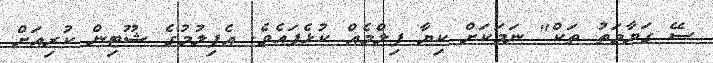
ސޭ ގަޔާމަތު ތަކް" ނަމަކަށް ކިޔާ ފިލްމެއް ކުޅެފައެވެ. އެފިލުމުގެ ޝޫޓިން ކުރިއަށް